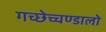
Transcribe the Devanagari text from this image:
गच्छेच्चण्डालो